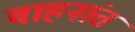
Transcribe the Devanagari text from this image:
वाहनांत